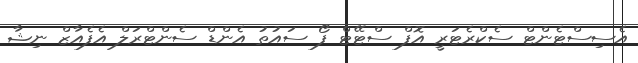
އެސިސްޓެންޓް ސެކްރެޓަރީ އޮފް ސްޓޭޓް ފޯ ސައުތު އެންޑް ސެންޓްރަލް އެފެއާޒް ނިޝާ